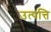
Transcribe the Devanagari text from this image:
उत्पत्ति